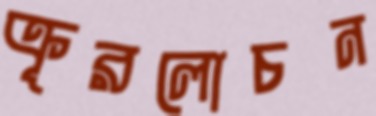
ক্রূরলোচন